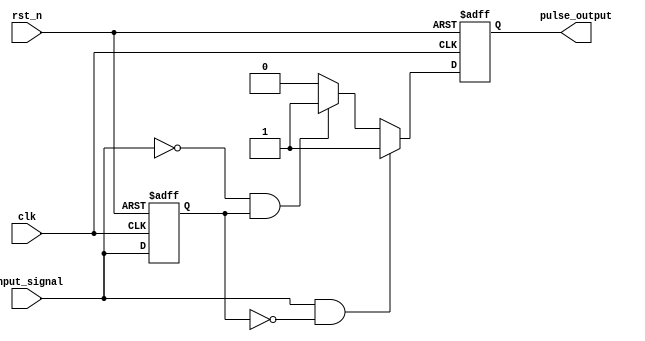
module pulse_edge_detector (
    input wire clk,               // Clock signal
    input wire rst_n,             // Asynchronous reset (active low)
    input wire input_signal,       // Input signal to detect edges
    output reg pulse_output        // Pulse output for detected edges
);

    // State memory to hold the previous state of the input signal
    reg previous_state;

    // Edge detection logic
    always @(posedge clk or negedge rst_n) begin
        if (!rst_n) begin
            previous_state <= 1'b0; // Initialize previous state to low
            pulse_output <= 1'b0;    // Initialize pulse output to low
        end else begin
            // Rising edge detection
            if (input_signal && !previous_state) begin
                pulse_output <= 1'b1; // Generate pulse for rising edge
            end
            // Falling edge detection
            else if (!input_signal && previous_state) begin
                pulse_output <= 1'b1; // Generate pulse for falling edge
            end
            // Reset pulse output after one clock cycle
            else begin
                pulse_output <= 1'b0; // Reset pulse output
            end
            
            // Update previous state
            previous_state <= input_signal;
        end
    end

endmodule